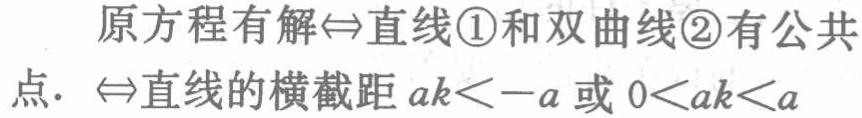
原方程有解$\Leftrightarrow$直线\textcircled{1}和双曲线\textcircled{2}有公共点. $\Leftrightarrow$直线的横截距$ak < -a$或$0 < ak < a$